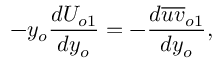
- y _ { o } \frac { d U _ { o 1 } } { d y _ { o } } = - \frac { d \overline { { u v } } _ { o 1 } } { d y _ { o } } ,